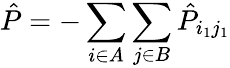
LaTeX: \hat{P}=-\sum_{i\in A}\sum_{j\in B}\hat{P}_{i_{1}j_{1}}